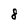
Character: 8